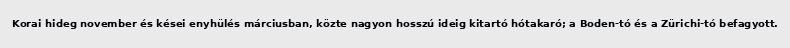
Korai hideg november és kései enyhülés márciusban, közte nagyon hosszú ideig kitartó hótakaró; a Boden-tó és a Zürichi-tó befagyott.